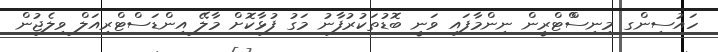
ހައުސިންގ މިނިސްްޓްރީން ނިންމާފައި ވަނީ ބޮޑުތަކުރުފާނު މަގު ފުޅާކޮށް މާލޭ އިންޑަސްޓްރިއަލް ވިލެޖުން